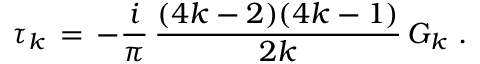
\tau _ { k } \, = \, - { \frac { i } { \pi } } \, { \frac { ( 4 k - 2 ) ( 4 k - 1 ) } { 2 k } } \, G _ { k } \ .